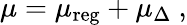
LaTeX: \mu=\mu_{\mathrm{reg}}+\mu_{\Delta}\ ,